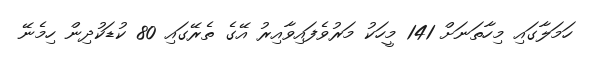
ހަމަލާގައި މިހާތަނަށް 141 މީހަކު މަރުވެފައިވާއިރު އޭގެ ތެރޭގައި 80 ކުޑަކުދިން ހިމެނޭ